Insane asylums in Bengal annual reports 1876-1887 - 1876-1887
Year: 1876
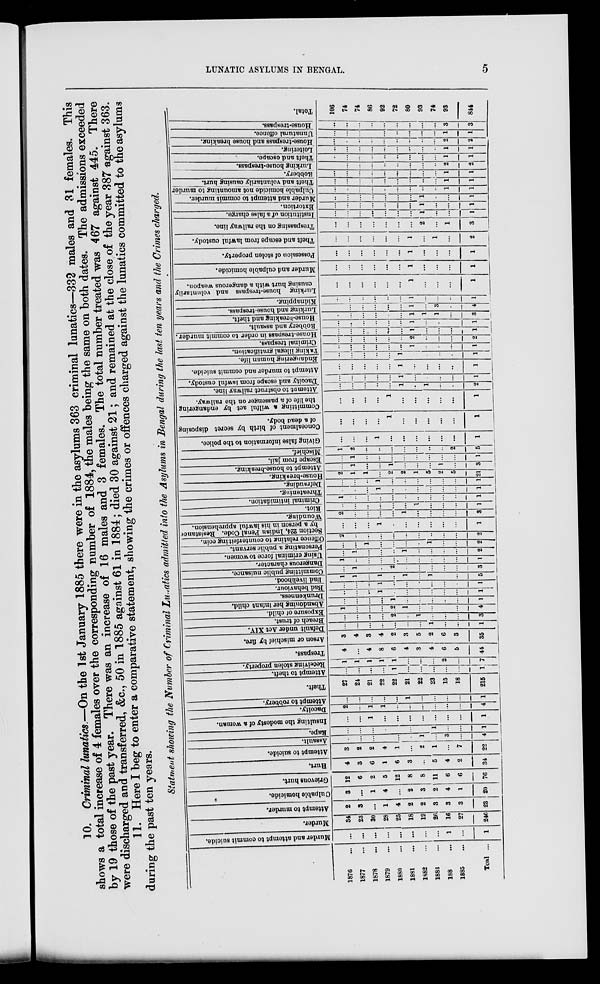
LUNATIC ASYLUMS IN BENGAL.
5
10. Criminal lunatics.—On the 1st January 1885 there were in the asylums 363 criminal lunatics—332 males and 31 females. This
shows a total increase of 4 females over the corresponding number of 1884, the males being the same on both dates. The admissions exceeded
by 19 those of the past year. There was an increase of 16 males and 3 females. The total number treated was 467 against 445. There
were discharged and transferred, &c., 50 in 1885 against 61 in 1884; died 30 against 21; and remained at the close of the year 387 against 363.
11. Here I beg to enter a comparative statement, showing the crimes or offences charged against the lunatics committed to the asylums
during the past ten years.
Statment showing the Number of Criminal Lunatics admitted into the Asylums in Bengal during the last ten years and the Crimes charged.
1876 ...
1877 ...
1878 ...
1879 ...
1880 ...
1881 ...
1882 ...
1883 ...
188 ...
1885 ...
Toal ...
Murder and attempt to commit suicide.
...
...
...
...
...
...
...
...
1
...
1
Murder.
34
23
30
28
25
18
19
26
16
27
246
Attempt to murder.
2
3
...
1
4
2
2
3
3
3
23
Culpable homicide.
3
...
1
4
...
2
3
2
4
1
20
Grievous hurt.
12
6
2
5
12
8
8
11
6
6
76
Hurt.
4
3
6
1
6
3
...
5
4
2
34
Attempt to suicide.
3
2
2
4
1
...
2
1
...
7
22
Assault.
...
...
...
...
...
...
1
...
3
...
4
Rape.
...
...
...
...
...
...
...
1
...
...
1
Insulting the modesty of a woman.
...
...
1
...
...
...
...
...
...
...
1
Dacoity.
2
...
1
1
...
...
...
...
...
...
4
Attempt to robbery.
...
...
...
...
...
1
...
...
...
...
1
Theft.
27
24
21
22
22
21
22
23
15
18
215
Attempt to theft.
...
...
...
...
1
...
...
...
...
...
1
Receiving stolen property.
1
1
1
1
1
...
...
...
2
...
7
Trespass.
4
...
4
8
6
4
3
4
6
5
44
Arson or mischief by fire.
3
4
3
4
2
3
5
2
6
3
35
Default under Act XIV.
...
...
...
...
...
...
...
1
...
...
1
Breach of trust.
...
...
...
...
2
...
1
...
...
...
3
Exposure of child.
1
...
...
...
2
1
...
...
...
...
4
Abandoning her infant child.
...
...
...
...
1
...
...
...
...
...
1
Drunkenness.
...
...
...
1
...
...
...
...
...
...
1
Bad behaviour.
...
...
...
1
...
...
...
...
...
...
1
Bad livelihood.
1
1
...
1
...
1
...
1
...
...
5
Committing public nuisance.
...
1
...
...
2
...
...
...
...
...
3
Dangerous character.
1
...
...
...
...
...
...
...
...
...
1
Using criminal force to women.
...
1
...
...
...
1
...
...
...
...
2
Personating a public servant.
...
...
1
...
...
...
...
1
...
...
2
Offence relating to counterfeiting coin.
2
...
...
...
...
...
...
...
...
...
2
Section 224, Indian Penal Code. Resistance
by a person in his lawful apprehension.
...
...
...
1
...
...
...
...
...
...
1
Wounding.
2
...
...
...
...
1
...
...
...
...
3
Riot.
...
...
...
...
...
...
1
...
...
...
1
Criminal intimidation.
1
...
...
...
...
...
...
...
...
...
1
Threatening.
...
...
...
1
...
...
...
...
...
...
1
Defrauding.
...
...
...
1
...
...
...
...
...
...
1
House-breaking.
2
1
1
...
2
2
1
5
2
5
21
Attempt to house-breaking.
...
1
...
...
1
...
...
...
1
...
3
Escape from jail.
...
1
...
...
...
...
...
...
...
...
1
Mischief.
1
2
...
...
...
...
...
...
...
2
5
Giving false information to the police.
...
...
...
1
...
...
...
...
...
...
1
Concealment of birth by secret disposing
of a dead body.
...
...
...
...
1
...
...
...
...
...
1
Committing a wilful act by endangering
the life of a passenger on the railway.
...
...
...
...
1
...
...
...
...
...
1
Attempt to obstruct railway line.
...
...
...
...
...
1
...
1
...
...
2
Dacoity and escape from lawful custody.
...
...
...
...
...
1
...
...
...
...
1
Attempt to murder and commit suicide.
...
...
...
...
...
1
...
...
...
...
1
Endangering human life.
...
...
...
...
...
1
...
...
...
...
1
Taking illegal gratification.
...
...
...
...
...
...
1
...
...
...
1
Criminal trespass.
...
...
...
...
...
...
2
...
...
...
2
House-trespass in order to commit murder.
...
...
...
...
...
...
1
...
...
...
1
Robbery and assault.
...
...
...
...
...
...
1
...
...
...
1
House-breaking and theft.
...
...
...
...
...
...
1
1
1
...
3
Lurking and house-trespass.
...
...
...
...
...
...
1
...
3
...
4
Kidnapping.
...
...
...
...
...
...
1
...
...
...
1
Lurking house-trespass and voluntarily
causing hurt with a dangerous weapon.
...
...
...
...
...
...
1
...
...
...
1
Murder and culpable homicide.
...
...
...
...
...
...
1
...
...
...
1
Possession of stolen property.
...
...
...
...
...
...
1
...
...
...
1
Theft and escape from lawful custody.
...
...
...
...
...
...
1
...
1
...
2
Trespassing on the railway line.
...
...
...
...
...
...
...
2
...
1
3
Institution of a false
charge.
...
...
...
...
...
...
...
1
...
...
1
Extortion.
...
...
...
...
...
...
...
1
...
...
1
Murder and attempt, to commit murder.
...
...
...
...
...
...
...
1
...
...
1
Culpable homicide not amounting to murder.
...
...
...
...
...
...
...
...
...
1
1
Theft and voluntarily causing hurt.
...
...
...
...
...
...
...
...
...
1
1
Robbery.
...
...
...
...
...
...
...
...
...
1
1
Lurking
house-treepass
...
...
...
...
...
...
...
...
...
2
2
Theft and escape.
...
...
...
...
...
...
...
...
...
1
1
Loitering.
...
...
...
...
...
...
...
...
...
1
1
House-trespass
and
house
breaking.
...
...
...
...
...
...
...
...
...
2
2
Unnatural
offence.
...
...
...
...
...
...
...
...
...
1
1
House-trepass.
...
...
...
...
...
...
...
...
...
3
3
Total.
106
74
74
86
92
72
80
93
74
93
844